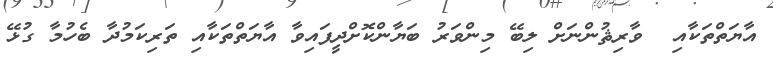
އާޔަތްތަކާއި  ވާރިޘުންނަށް ލިބޭ މިންވަރު ބަޔާންކޮށްދީފައިވާ އާޔަތްތަކާއި ތަރިކަމުދާ ބެހުމާ ގުޅޭ